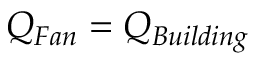
Q _ { F a n } = Q _ { B u i l d i n g } \,